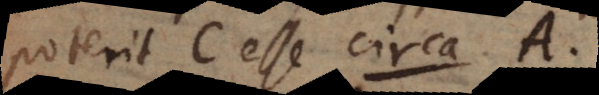
poterit C esse circa A,